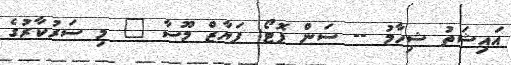
އައިޝަތު ޝިހާމު -- ސަން ފޮޓޯ: ފަޔާޒް މޫސާ " މި ސަރުކާރުގެ